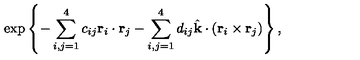
\exp \left\{ - \sum _ { i , j = 1 } ^ { 4 } c _ { i j } \mathrm { \bf r } _ { i } \cdot \mathrm { \bf r } _ { j } - \sum _ { i , j = 1 } ^ { 4 } d _ { i j } \hat { \mathrm { \bf k } } \cdot ( \mathrm { \bf r } _ { i } \times \mathrm { \bf r } _ { j } ) \right\} ,